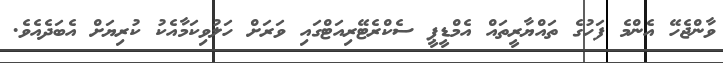
ވާންޖެހޭ އެންމެ ފަހުގެ ތައްޔާރީތައް އެމްޑީޕީ ސެކްރެޓޭރިއަޓްގައި ވަރަށް ހަލުވިކަމާއެކު ކުރިޔަށް އެބަދެއެވެ.